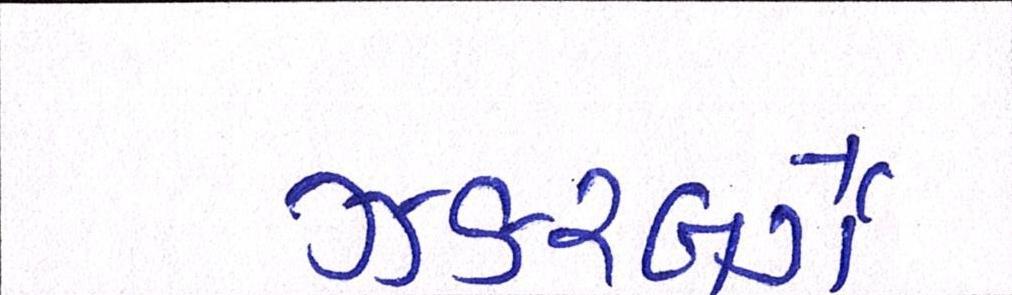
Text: ઝકરબર્ગે